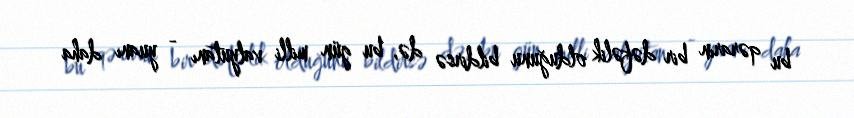
bu qərarın bir dəfəlik olduğunu bildirsə də, bu gün milli valyutanı - yuanı daha